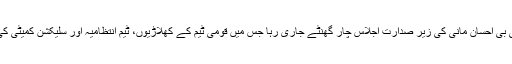
مزید بتایا گیا ہے کہ چیئر مین پی سی بی احسان مانی کی زیر صدارت اجلاس چار گھنٹے جاری رہا جس میں قومی ٹیم کے کھلاڑیوں، ٹیم انتظامیہ اور سلیکشن کمیٹی کی تین سالہ کارکردگی کا جائزہ لیا گیا۔